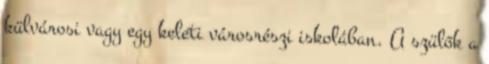
külvárosi vagy egy keleti városrészi iskolában. A szülők a